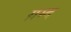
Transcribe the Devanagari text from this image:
ग़म्द